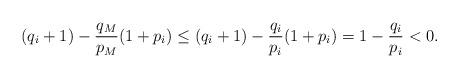
LaTeX: \begin{align*}(q_i+1) - \frac{q_M}{p_M}(1+p_i) \leq (q_i+1) - \frac{q_i}{p_i}(1+p_i) = 1-\frac{q_i}{p_i} < 0.\end{align*}